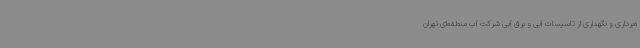
ه‌برداری و نگهداری از تاسیسات آبی و برق آبی شرکت آب منطقه‌ای تهران